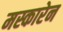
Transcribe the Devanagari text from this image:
मस्कारेन